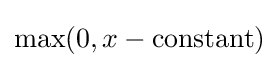
\max(0,x-{\text{constant}})